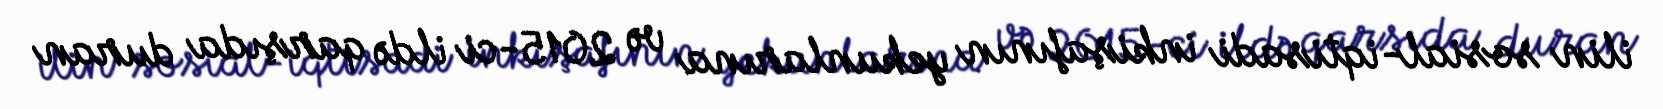
ilin sosial-iqtisadi inkişafının yekunlarına və 2015-ci ildə qarşıda duran